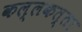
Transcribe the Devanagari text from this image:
कल्‍लकत्‍ता